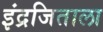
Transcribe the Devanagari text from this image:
इंद्रजिताला